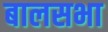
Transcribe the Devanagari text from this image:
बालसभा